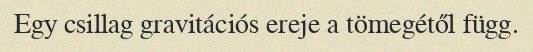
Egy csillag gravitációs ereje a tömegétől függ.